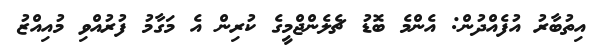
އިތުބާރު އުފެއްދުން: އެންމެ ބޮޑު ޗެލެންޖްމީގެ ކުރިން އެ މަގާމު ފުރުއްވި މުއިއްޒު